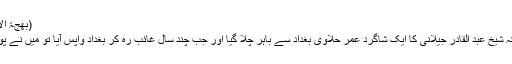
(بھجۃ الاسرار للشطنوفی صفحہ126-127)
شیخ عبد اللہ جبائی بیان کرتے ہیں کہ شیخ عبد القادر جیلانیؒ کا ایک شاگرد عمر حلاوی بغداد سے باہر چلا گیا اور جب چند سال غائب رہ کر بغداد واپس آیا تو میں نے پوچھا کہ تم کہاں غائب ہوگئے تھے؟